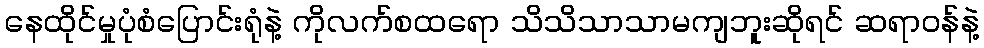
နေထိုင်မှုပုံစံပြောင်းရုံနဲ့ ကိုလက်စထရော သိသိသာသာမကျဘူးဆိုရင် ဆရာဝန်နဲ့